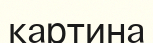
картина